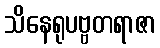
သိနေရုပဗ္ဗတရာဇာ